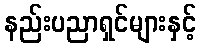
နည်းပညာရှင်များနှင့်